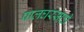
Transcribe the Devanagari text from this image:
पालघरसाठी